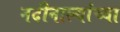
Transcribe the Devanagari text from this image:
नदीनाल्यांच्या